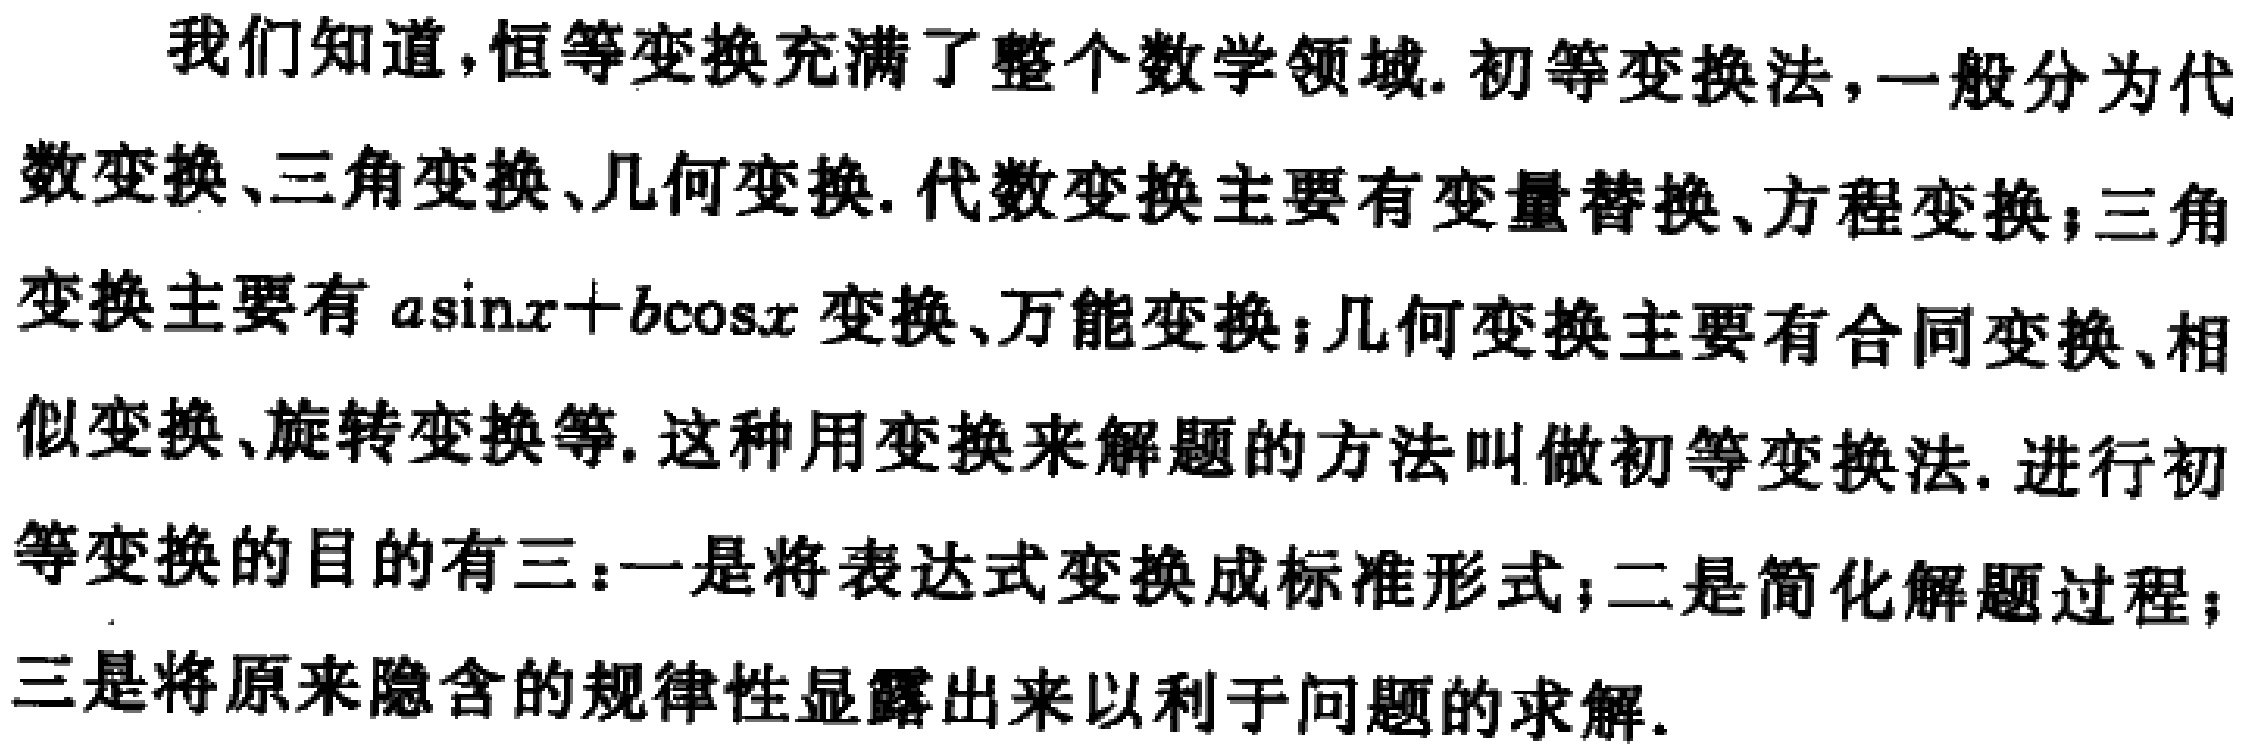
我们知道,恒等变换充满了整个数学领域. 初等变换法,一般分为代数变换、三角变换、几何变换. 代数变换主要有变量替换、方程变换；三角变换主要有\(a\sin x + b\cos x\)变换、万能变换；几何变换主要有合同变换、相似变换、旋转变换等. 这种用变换来解题的方法叫做初等变换法. 进行初等变换的目的有三：一是将表达式变换成标准形式；二是简化解题过程；三是将原来隐含的规律性显露出来以利于问题的求解.